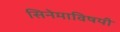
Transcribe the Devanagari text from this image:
सिनेमाविषयी